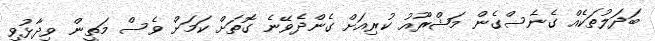
ބަދަލުތަކެއް ގެނެސްގެން މަޝްރޫއު ކުރިއަށް ގެންދެވޭނެ ގޮތަށް ކަމަށް ވެސް މަތީން ވިދާޅުވި